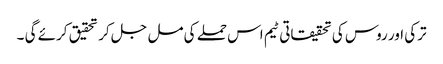
ترکی اور روس کی تحقیقاتی ٹیم اس حملے کی مل جل کر تحقیق کرئے گی ۔